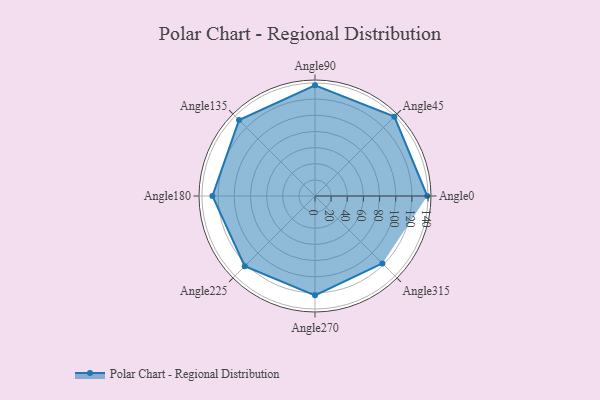
{"axis": {"x": "Angle", "y": "Radius"}, "legend": [""], "data": [{"x": "Angle0", "y": 139.0, "type": ""}, {"x": "Angle45", "y": 139.0, "type": ""}, {"x": "Angle90", "y": 137.0, "type": ""}, {"x": "Angle135", "y": 133.0, "type": ""}, {"x": "Angle180", "y": 127.0, "type": ""}, {"x": "Angle225", "y": 123.0, "type": ""}, {"x": "Angle270", "y": 123.0, "type": ""}, {"x": "Angle315", "y": 118.0, "type": ""}]}